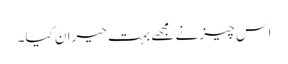
اس چیز نے مجھے بہت حیران کیا۔